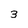
Character: 3